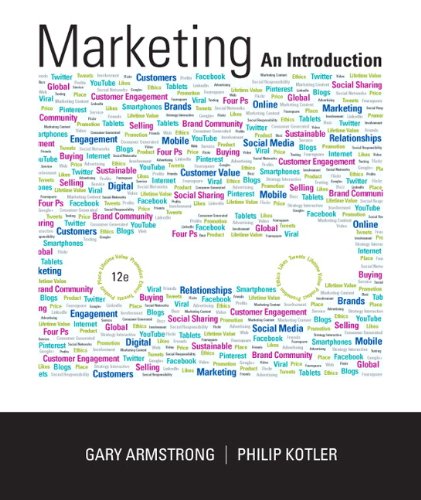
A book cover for Marketing: An Introduction (12th Edition); Gary Armstrong; Business & Money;